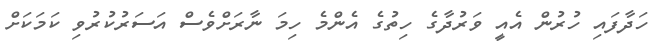
ހަދާފައި ހުރުން އެއީ ވަރުދާގެ ހިތުގެ އެންމެ ހިމަ ނާރަށްވެސް އަސަރުކުރުވި ކަމަކަށް